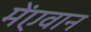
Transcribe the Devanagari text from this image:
मेंएवान